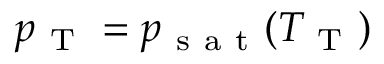
p _ { \mathrm { ~ T ~ } } = p _ { \mathrm { ~ s ~ a ~ t ~ } } ( T _ { \mathrm { ~ T ~ } } )